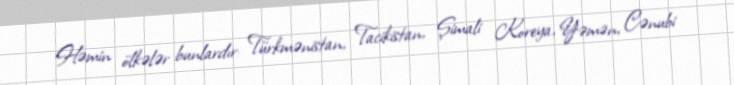
Həmin ölkələr bunlardır: Türkmənistan, Tacikistan, Şimali Koreya, Yəmən, Cənubi